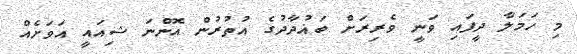
މި ހަމަލާ ދީފައި ވަނީ ވެރިރަށް ބަޣުދާދުގެ އުތުރުން އޮންނަ ޝިއައީ އަވަށެއް